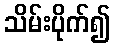
သိမ်းပိုက်၍